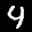
Label: 4